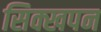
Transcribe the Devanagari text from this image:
सिक्खपन